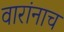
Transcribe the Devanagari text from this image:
वारांनाच